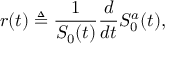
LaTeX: r ( t ) \triangleq { \frac { 1 } { S _ { 0 } ( t ) } } { \frac { d } { d t } } S _ { 0 } ^ { a } ( t ) ,